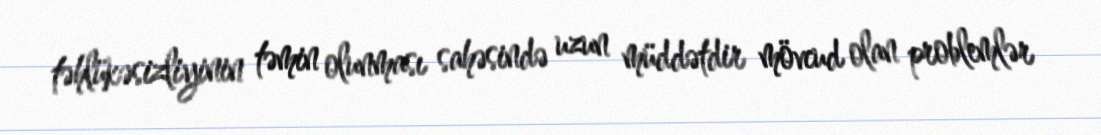
təhlükəsizliyinin təmin olunması sahəsində uzun müddətdir mövcud olan problemlər